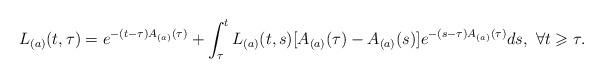
LaTeX: \begin{align*}L_{(a)}(t,\tau) = e^{-(t-\tau)A_{(a)}(\tau)} + \int_{\tau}^{t}L_{(a)}(t,s)[A_{(a)}(\tau) -A_{(a)}(s)]e^{-(s-\tau)A_{(a)}(\tau)}ds,\ \forall t\geqslant\tau.\end{align*}